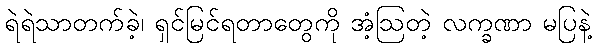
ရဲရဲသာတက်ခဲ့၊ ရှင်မြင်ရတာတွေကို အံ့ဩတဲ့ လက္ခဏာ မပြနဲ့